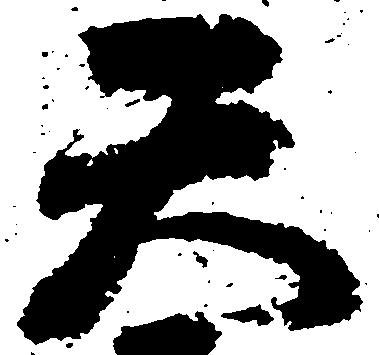
天